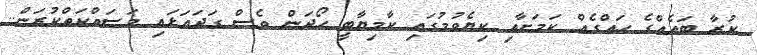
ކުރާ ބައެއްގެ ހައްގެއް ކަމަށާއި ކިޔެވުމުގައި ކާމިޔާބީ ހޯދަން ވެސް ގަދައަޅައި މަސައްކަތްކުރަން..